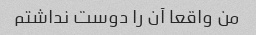
من واقعا آن را دوست نداشتم